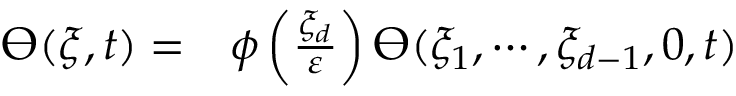
\begin{array} { r l } { \varTheta ( \xi , t ) = } & { { } \phi \left( \frac { \xi _ { d } } { \varepsilon } \right) \varTheta ( \xi _ { 1 } , \cdots , \xi _ { d - 1 } , 0 , t ) } \end{array}